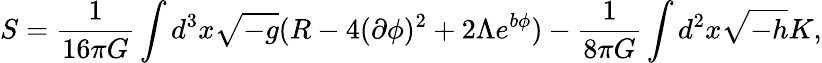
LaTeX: S=\frac{1}{16\pi G}\int d^{3}x\sqrt{-g}(R-4(\partial\phi)^{2}+2\Lambda e^{b\phi})-\frac{1}{8\pi G}\int d^{2}x\sqrt{-h}K,